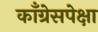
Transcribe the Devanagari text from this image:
काँग्रेसपेक्षा